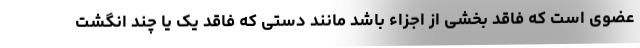
عضوی است که فاقد بخشی از اجزاء باشد مانند دستی که فاقد یک یا چند انگشت